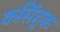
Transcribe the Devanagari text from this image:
कसिंहुक